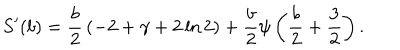
S ^ { \prime } ( b ) = \frac { b } { 2 } \, ( - 2 + \gamma + 2 \ln 2 ) + \frac { b } { 2 } \psi \left( \frac { b } { 2 } + \frac { 3 } { 2 } \right) .